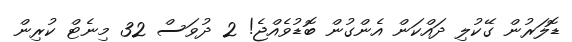
ޑޮލަރުން ގޭކުލި ދައްކަން އެންގުން ބޮޑުވެއްޖެ! 2 ދުވަސް 32 މިނެޓް ކުރިން